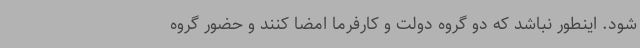
شود. اینطور نباشد که دو گروه دولت و کارفرما امضا کنند و حضور گروه